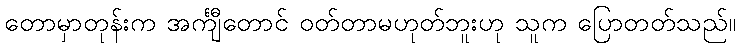
တောမှာတုန်းက အင်္ကျီတောင် ဝတ်တာမဟုတ်ဘူးဟု သူက ပြောတတ်သည်။